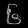
Digit: ၆